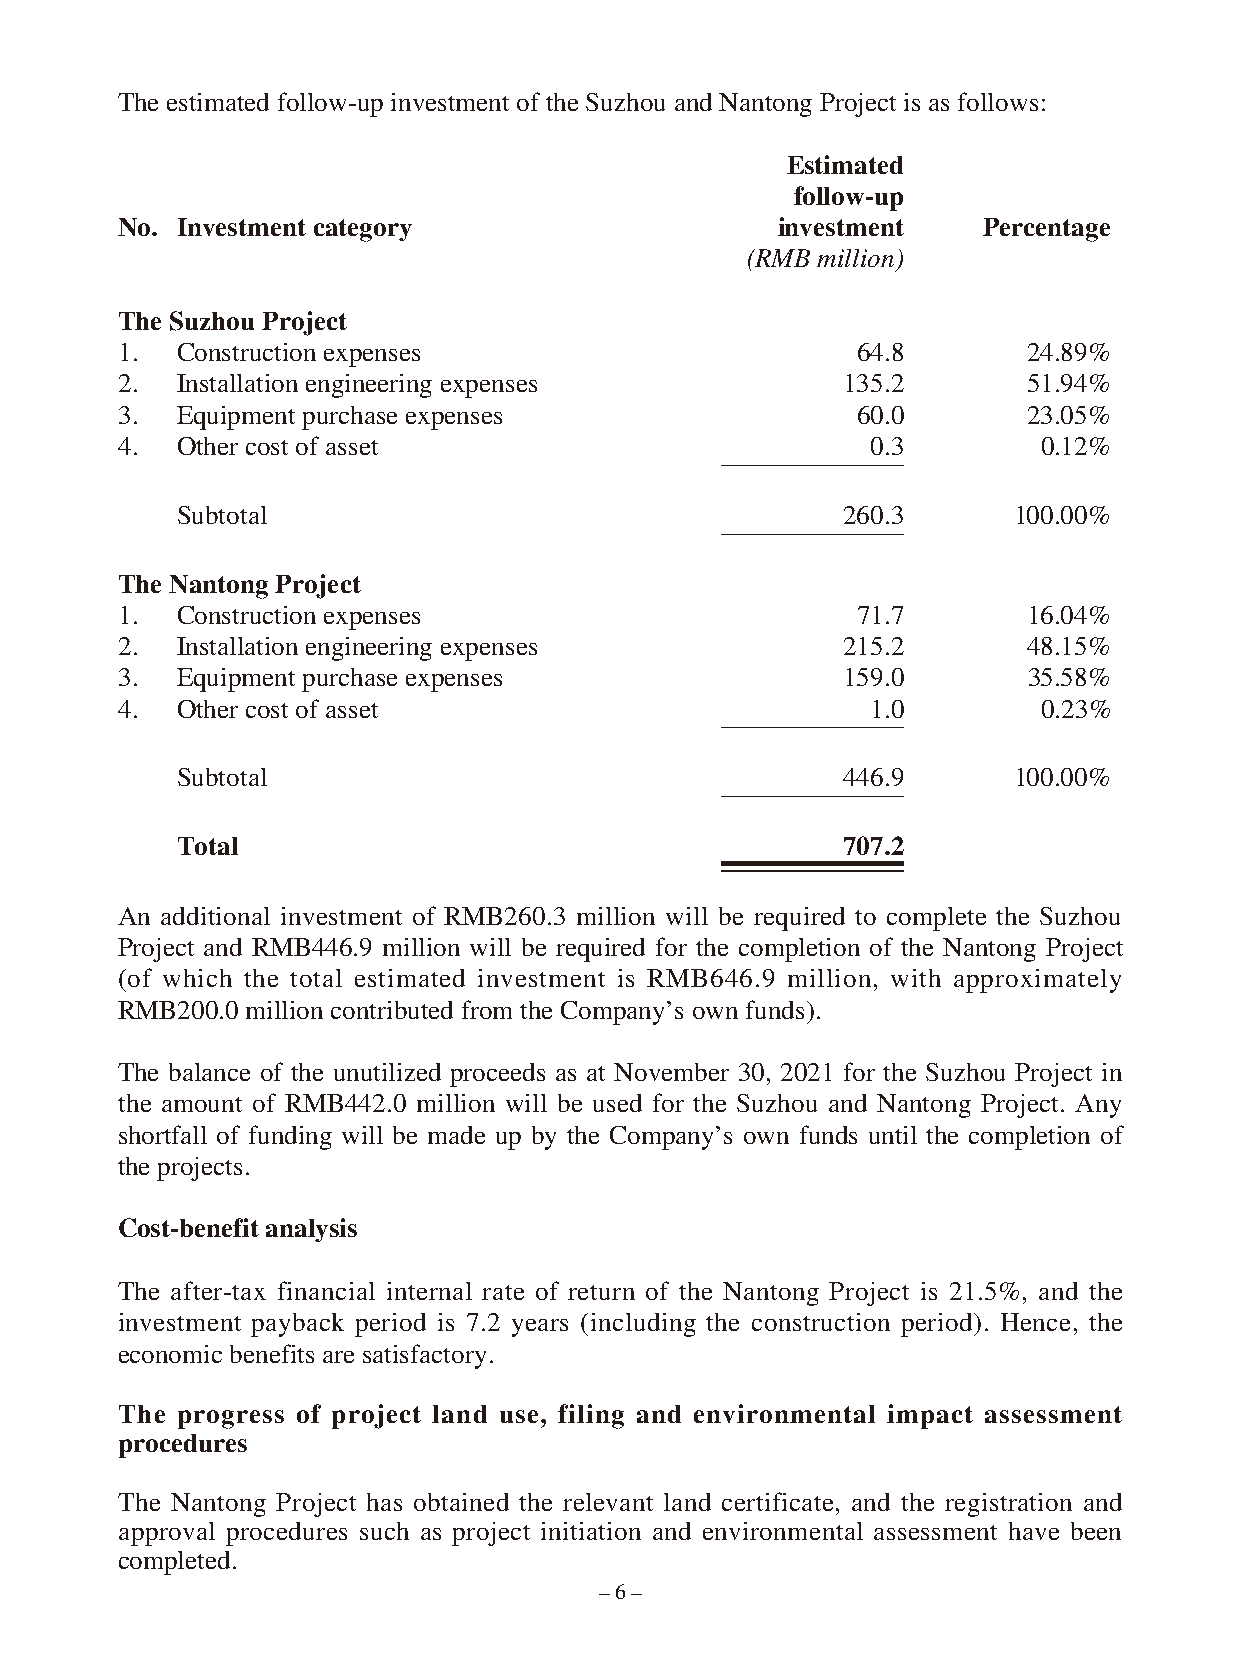
The estimated follow-up investment of the Suzhou and Nantong Project is as follows:
 Estimated
 follow-up
 No. Investment category                    investment    Percentage
 (RMB million)
 The Suzhou Project
 1.  Construction expenses                        64.8       24.89%
 2.  Installation engineering expenses           135.2       51.94%
 3.  Equipment purchase expenses                  60.0       23.05%
 4.  Other cost of asset                           0.3        0.12%
 Subtotal                                    260.3      100.00%
 The Nantong Project
 1.  Construction expenses                        71.7       16.04%
 2.  Installation engineering expenses           215.2       48.15%
 3.  Equipment purchase expenses                 159.0       35.58%
 4.  Other cost of asset                           1.0        0.23%
 Subtotal                                    446.9      100.00%
 Total                                       707.2
 An additional investment of RMB260.3 million will be required to complete the Suzhou
 Project and RMB446.9 million will be required for the completion of the Nantong Project
 (of which the total estimated investment is RMB646.9 million, with approximately
 RMB200.0 million contributed from the Company’s own funds).
 The balance of the unutilized proceeds as at November 30, 2021 for the Suzhou Project in
 the amount of RMB442.0 million will be used for the Suzhou and Nantong Project. Any
 shortfall of funding will be made up by the Company’s own funds until the completion of
 the projects.
 Cost-benefit analysis
 The after-tax financial internal rate of return of the Nantong Project is 21.5%, and the
 investment payback period is 7.2 years (including the construction period). Hence, the
 economic benefits are satisfactory.
 The progress of project land use, filing and environmental impact assessment
 procedures
 The Nantong Project has obtained the relevant land certificate, and the registration and
 approval procedures such as project initiation and environmental assessment have been
 completed.
 – 6 –